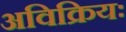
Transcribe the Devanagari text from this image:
अविक्रियः